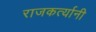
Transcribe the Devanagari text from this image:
राजकर्त्यानी